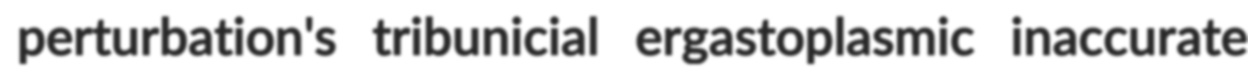
perturbation's tribunicial ergastoplasmic inaccurate